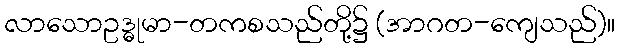
လာသောဥဒ္ဓုမာ-တကစသည်တို့၌ (အာဂတ-ကျေသည်)။